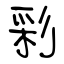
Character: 彩